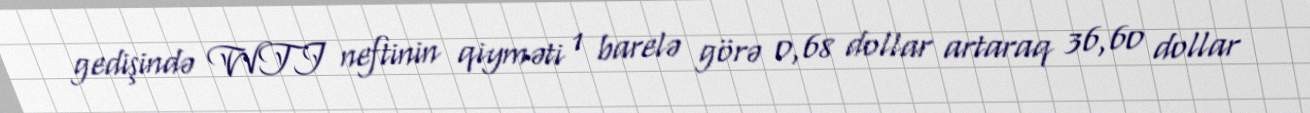
gedişində WTI neftinin qiyməti 1 barelə görə 0,68 dollar artaraq 36,60 dollar